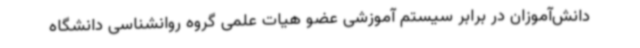
دانش‌آموزان در برابر سیستم آموزشی عضو هیات علمی گروه روانشناسی دانشگاه